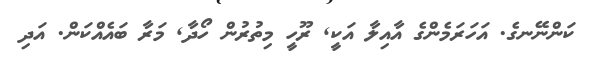
ކަންނޭނގެ. އަހަރަމެންގެ އާއިލާ އަކީ